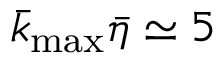
\bar { k } _ { \operatorname* { m a x } } \bar { \eta } \simeq 5